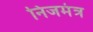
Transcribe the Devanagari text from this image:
निजमंत्र